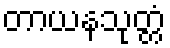
တာယနသုတ္တံ